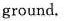
ground.